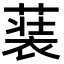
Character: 𮖢